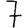
Digit: 7